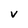
Character: v